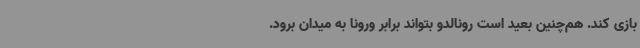
بازی کند. هم‌چنین بعید است رونالدو بتواند برابر ورونا به میدان برود.